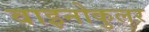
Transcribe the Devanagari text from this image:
वाइनोकुलर